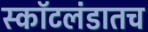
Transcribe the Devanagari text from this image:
स्कॉटलंडातच